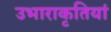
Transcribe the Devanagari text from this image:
उभाराकृतियां